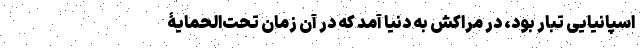
اسپانیایی تبار بود، در مراکش به دنیا آمد که در آن زمان تحت‌الحمایۀ